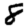
Digit: 8